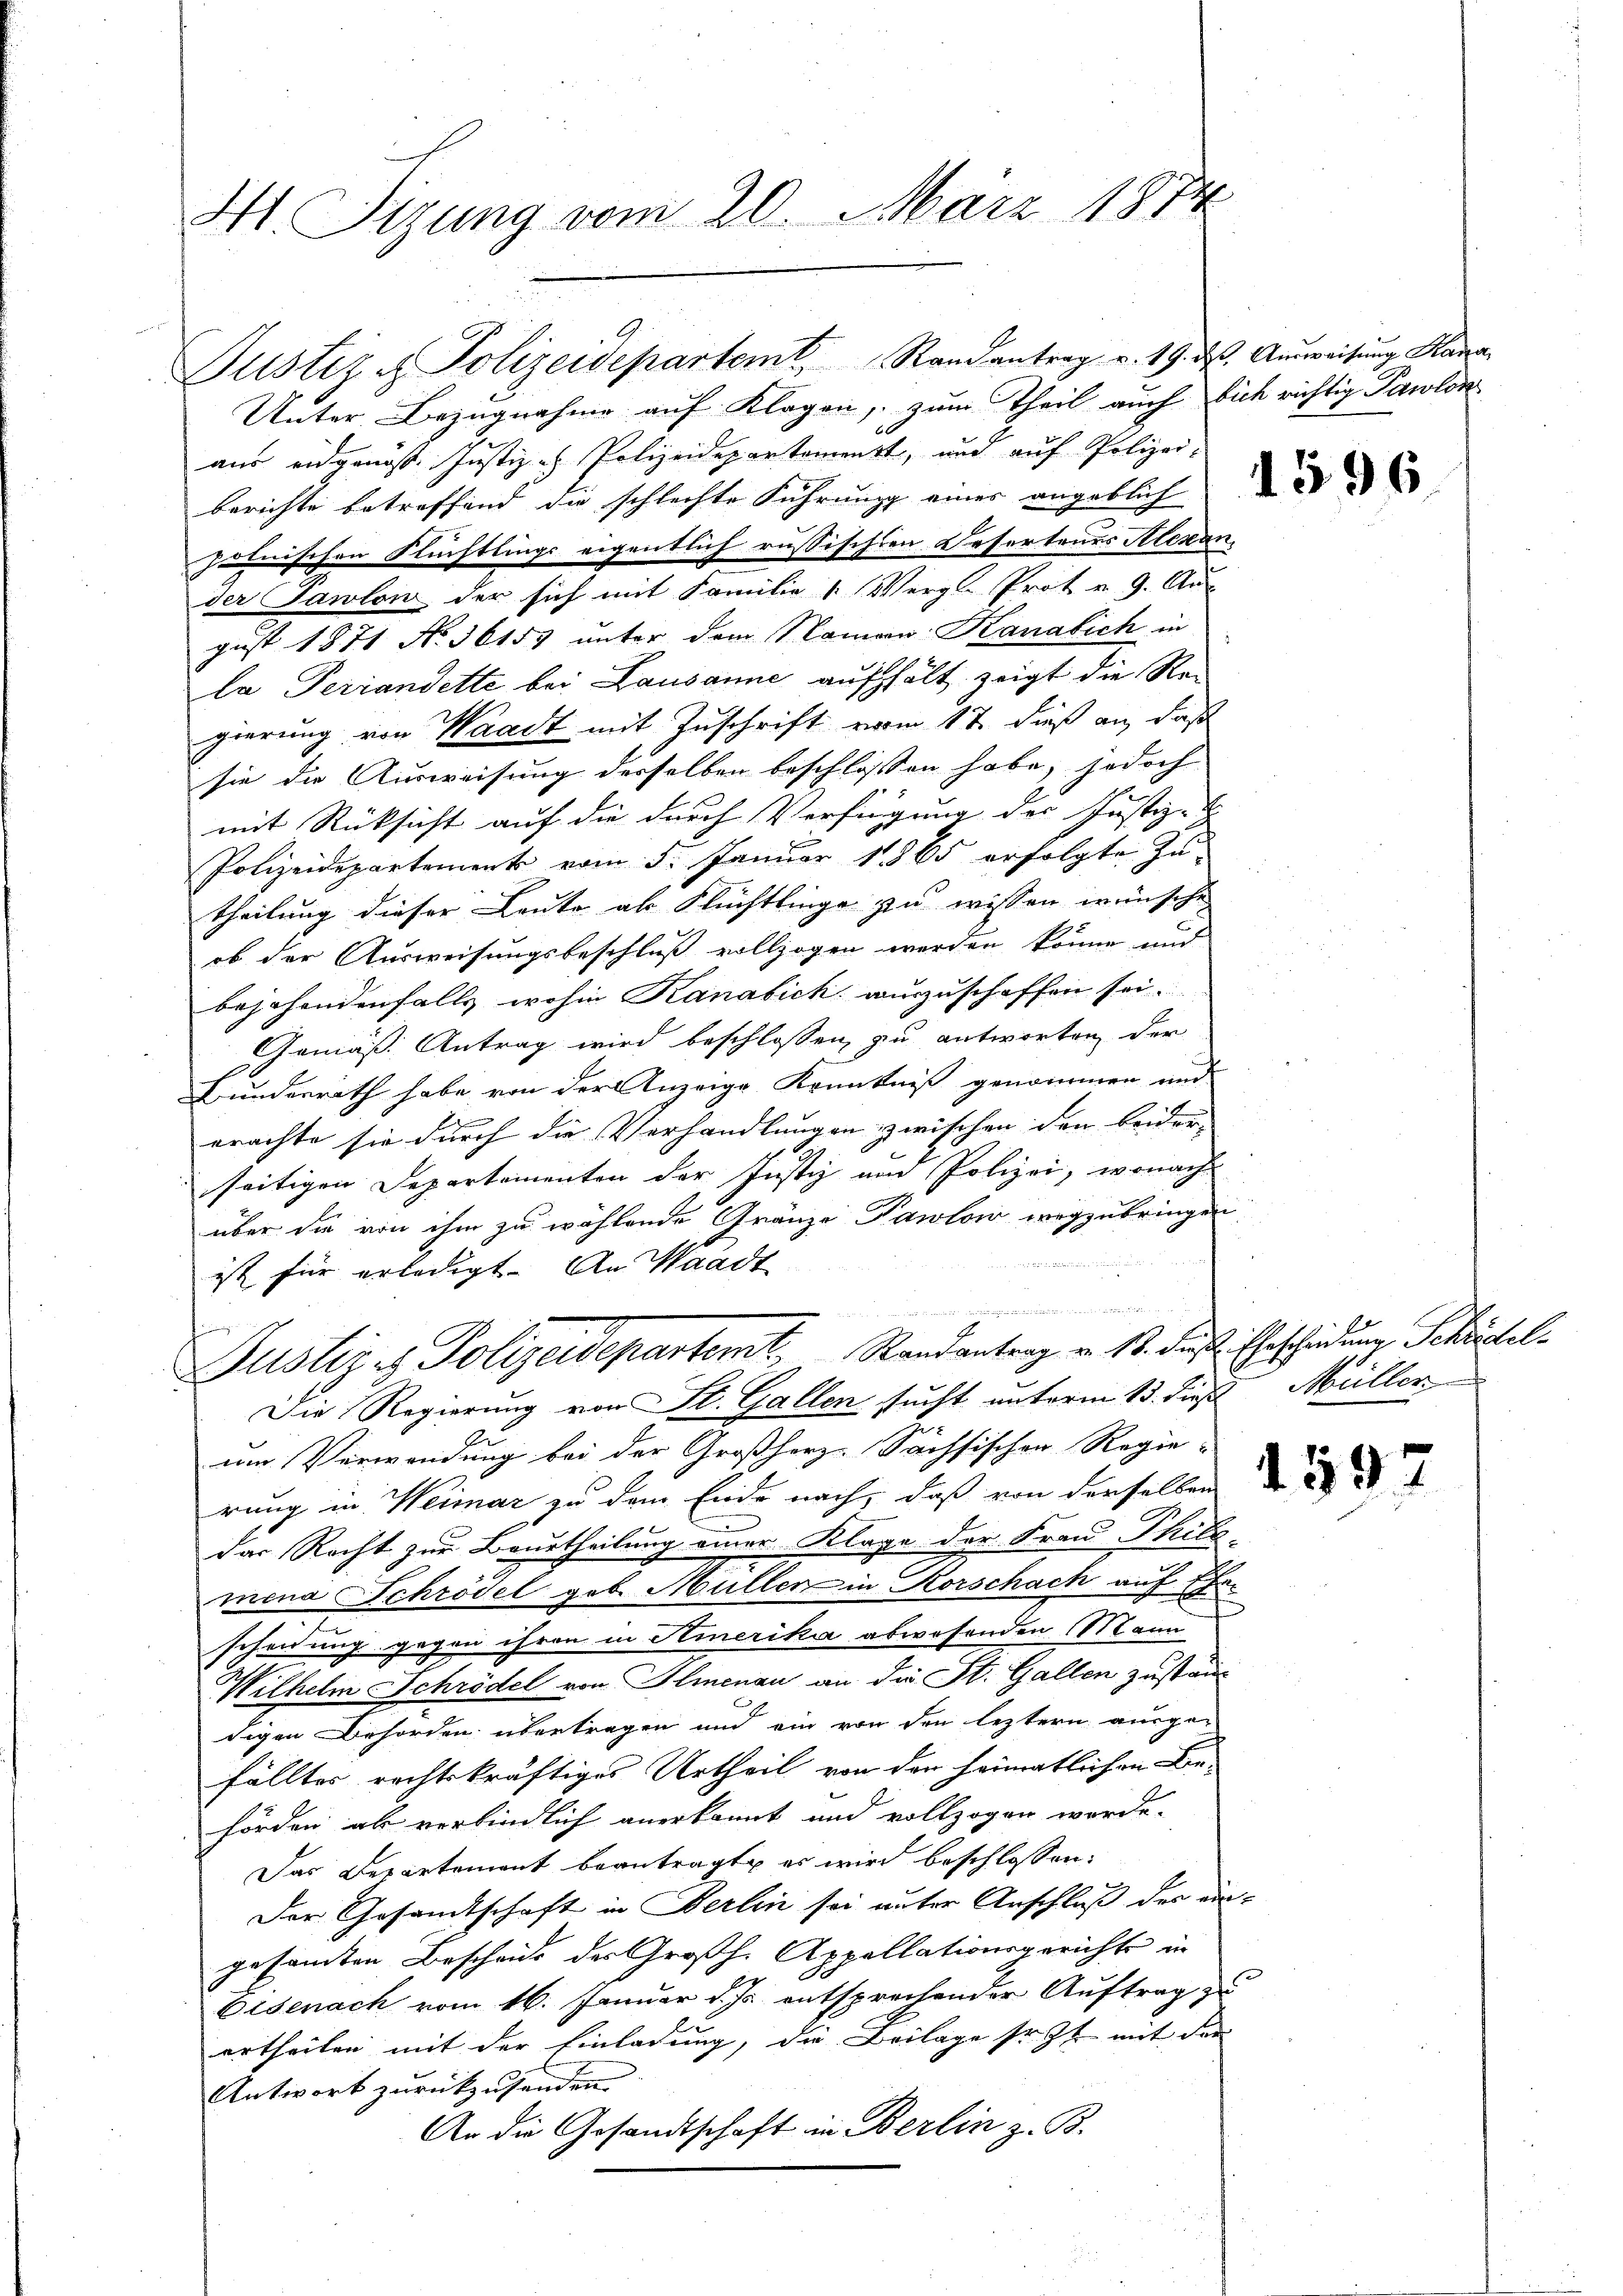
H Sizung vom 20. März 1874.

Unter Bezugnahme auf Klagen, zum Theil auch sich richtig Pawlon-
aus eidgenöss. Justiz - Polizeidepartement, und auf Polizei-
berichte betreffend die schlechte Führung einer angeblich d
polnischen Flüchtlings eigentlich russischen Resertenes Alexan
der Tanton der sich mit Familie (Vergl. Prot u. 9. Au
gust 1871 No 30153 unter dem Namen Kanalich in
la Terrandette bei Lausanne aufhält zeigt die Regierung von Waadt mit Zuschrift vom 17. dieß an, daß
sie die Ausweisung derselben beschlossen habe, jedoch
mit Rücksicht auf die durch Verfügung der Justiz-
h
Polizeidepartement vom 5. Januar 1865 erfolgte Zu-
theilung dieser Leute als Flüchtlinge zu wissen wünsche
ob der Ausweisungsbeschluß vollzogen werden könne und
bejahendenfalls wohin Kanabich auszuschaffen sei.
Gemäß Antrag wird beschlossen, zu antworten der
Bundesrath habe von der Anzeige Kenntniß genommen und
erachte sie durch die Verhandlungen zwischen den beider
seitigen Departementen der Justiz und Polizei, wonach
über die von ihm zu wählende Gränze Pawlow wegzubringen,

ist für erledigt. An Waadt

Justizes Polizeidepartemit Randantrag v. 13. des Eheschiedene Schustel¬
Die Regierung von St. Gallen sucht unterm 13. dieß Müller
um Verwendung bei der Großherz-Sächsischen Regie-
rung in Weimar zu dem Ende nach, daß von derselben der
das Recht zur Beurtheilung einer Klage der Frau Thilz
mena Schrödel geb. Müllen in Rorschach auf Ehr
scheidung gegen ihren in Hinerika abwesenden Mann
Wilhelm Schrödel von Ilmenau an die St. Gallen zuständigen Behörden übertragen und ein von den leztern ausge-
fälltes rechtskräftiges Urtheil von der heimatlichen Behörden ab verbindlich anerkannt und vollzogen werde.
Das Departement beantragt, es wird beschlossen:
Der Gesamtschaft in Berlin sei unter Anschluß der eingesammten Beschens des Großh. Appellationsgerichts in
Eisenach vom 16. Januar d. Js. entsprechender Auftrag zu
ertheilen mit der Einladung, die Beilage sr. Zt mit der
Antwort zurückzusenden.
An die Gesandtschaft in Berlin z. B.

Justiz & Polizeidepartem Randantrag v. 19. ds. Ausweisung Kana